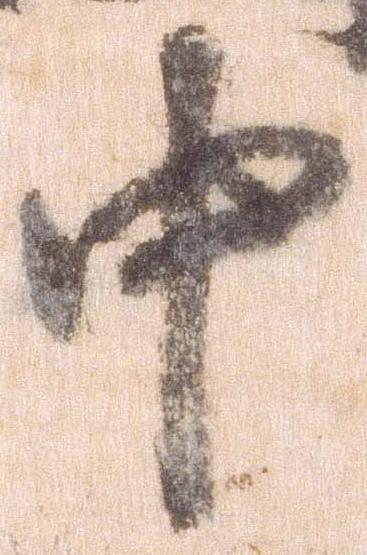
中